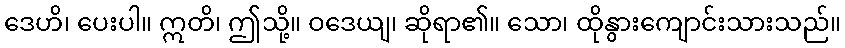
ဒေဟိ၊ ပေးပါ။ ဣတိ၊ ဤသို့။ ဝဒေယျ၊ ဆိုရာ၏။ သော၊ ထိုနွားကျောင်းသားသည်။